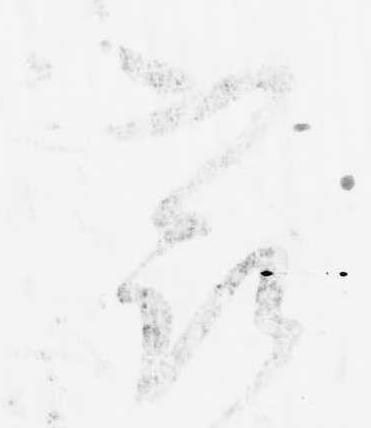
最